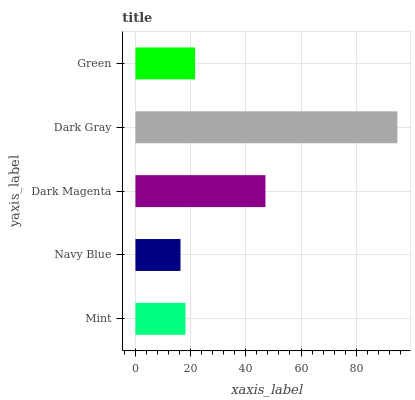
| yaxis_label | bars |
 | --- | --- |
 | Mint | 18.1 |
 | Navy Blue | 16.3 |
 | Dark Magenta | 47.1 |
 | Dark Gray | 94.9 |
 | Green | 21.6 |